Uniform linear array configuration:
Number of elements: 16
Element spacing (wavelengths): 1
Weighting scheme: exponential
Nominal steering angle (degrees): -45
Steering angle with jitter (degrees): -45.854
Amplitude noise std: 0.05
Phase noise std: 0.05

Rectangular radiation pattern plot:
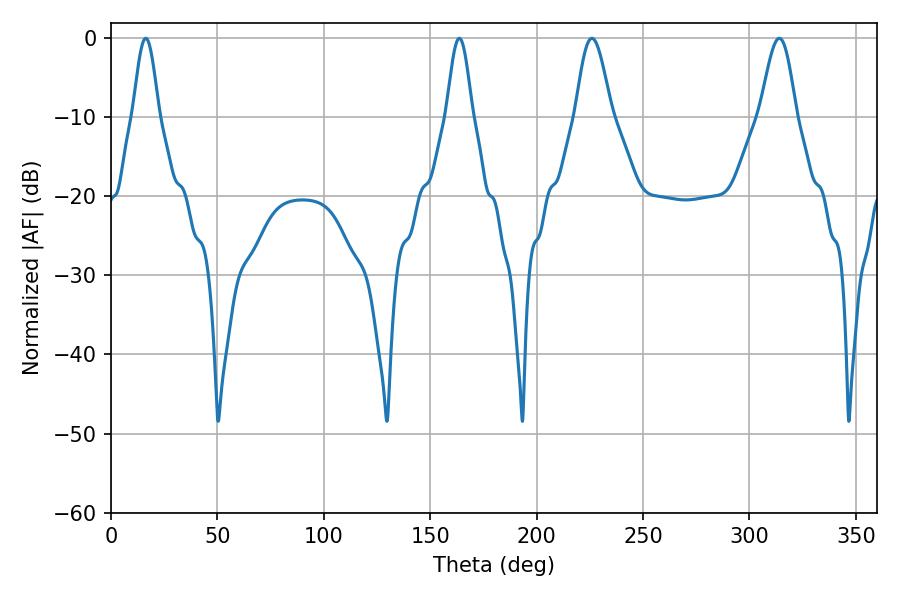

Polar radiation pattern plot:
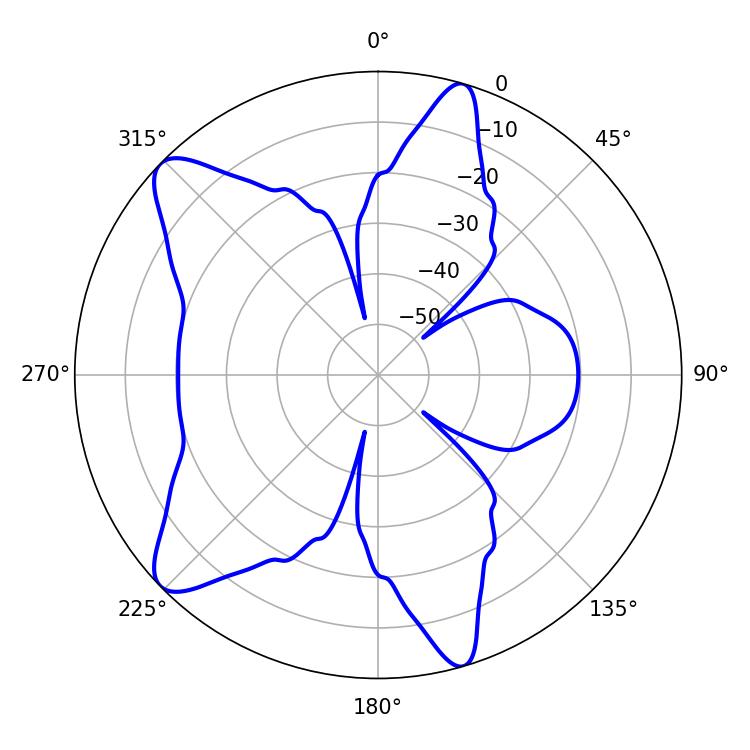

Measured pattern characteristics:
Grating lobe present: TRUE
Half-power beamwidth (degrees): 8.82
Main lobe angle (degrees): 225.9